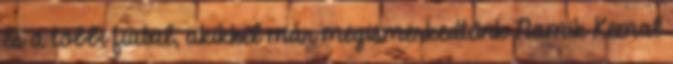
és a többi fiatal, akikkel már megismerkedtünk Namik Kemal